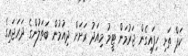
ކަޕް ތަށި ހިފައިގެން ޖަރުމަން ޓީމު މިއަދު ރަށަށް ދިއުމުން ބަތަލުންގެ ދަރަޖައިގެ